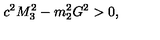
c ^ { 2 } M _ { 3 } ^ { 2 } - m _ { 2 } ^ { 2 } G ^ { 2 } > 0 ,